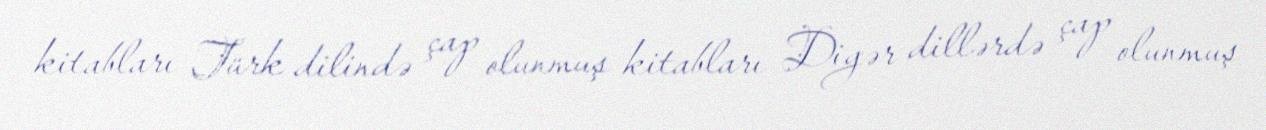
kitabları Türk dilində çap olunmuş kitabları Digər dillərdə çap olunmuş